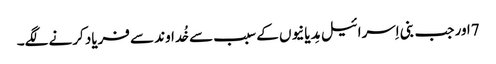
7اور جب بنی اِسرائیل مِدیانیوں کے سبب سے خُداوند سے فریاد کرنے لگے۔